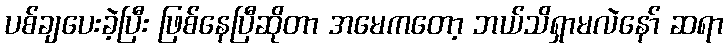
ပစ်ချပေးခဲ့ပြီး ဖြစ်နေပြီဆိုတာ အမေကတော့ ဘယ်သိရှာမလဲနော် ဆရာ